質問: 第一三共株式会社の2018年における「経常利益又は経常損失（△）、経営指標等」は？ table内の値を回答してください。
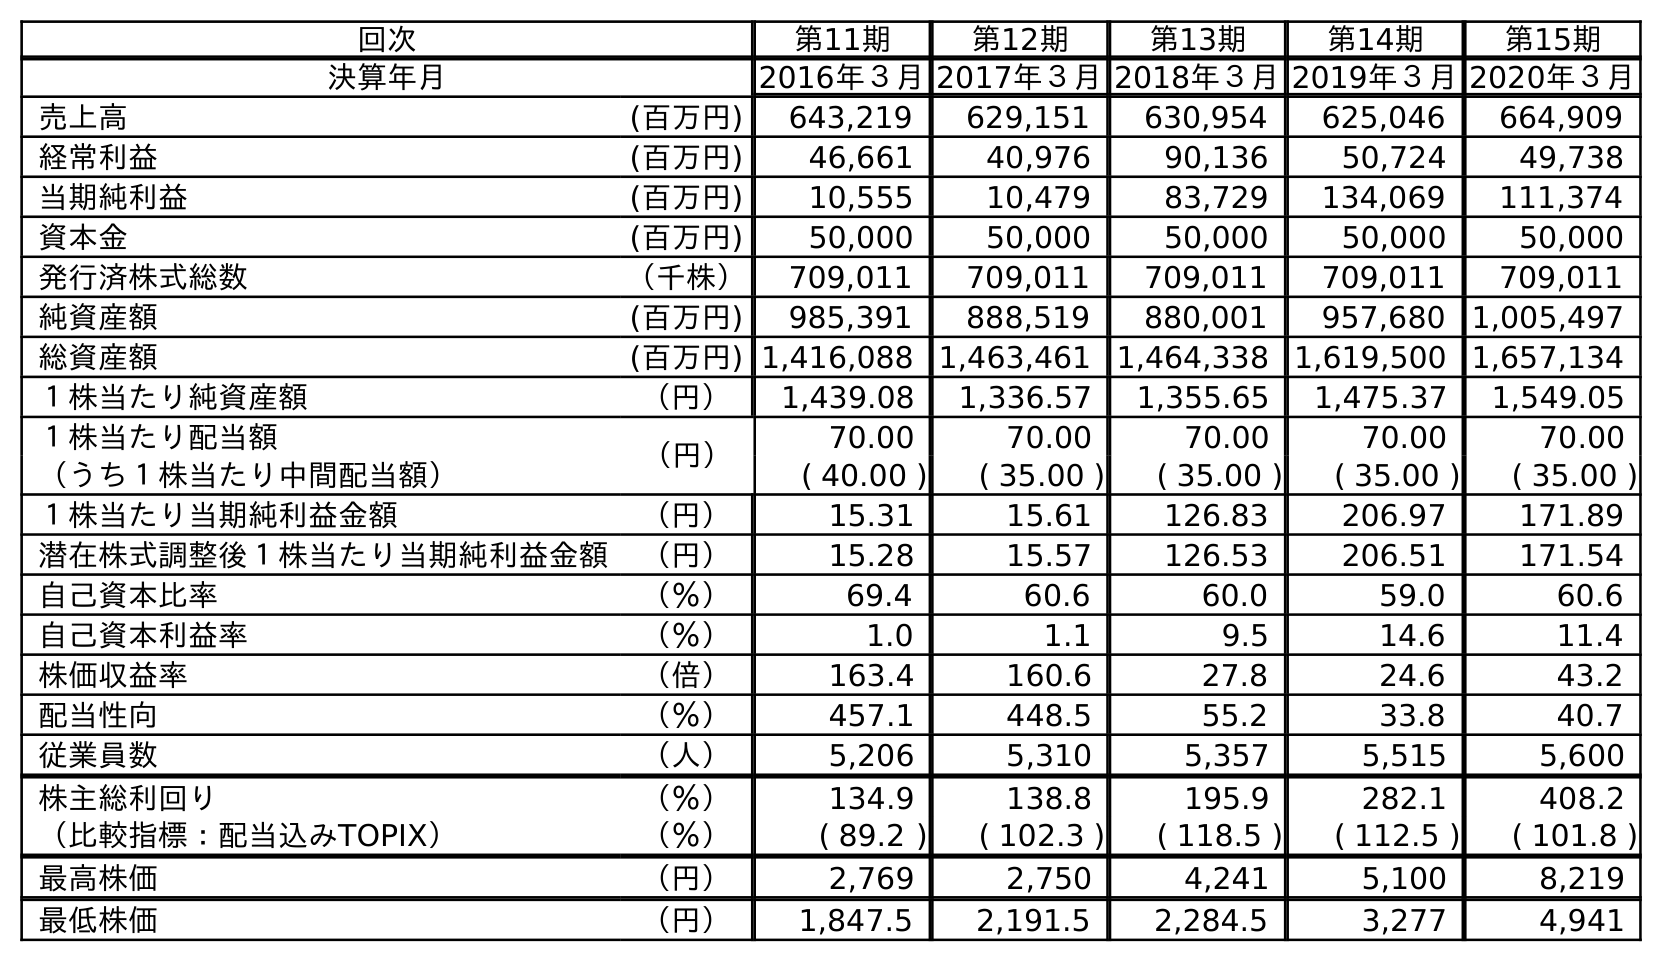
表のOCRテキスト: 回次 第11期 第12期 第13期 第14期 第15期 決算年月 2016年３月2017年３月2018年３月2019年３月2020年３月 売上高 (百万円) 643,219 629,151 630,954 625,046 664,909 経常利益 (百万円) 46,661 40,976 90,136 50,724 49,738 当期純利益 (百万円) 10,555 10,479 83,729 134,069 111,374 資本金 (百万円) 50,000 50,000 50,000 50,000 50,000 発行済株式総数 （千株） 709,011 709,011 709,011 709,011 709,011 純資産額 (百万円) 985,391 888,519 880,001 957,680 1,005,497 総資産額 (百万円) 1,416,088 1,463,461 1,464,338 1,619,500 1,657,134 １株当たり純資産額 （円） 1,439.08 1,336.57 1,355.65 1,475.37 1,549.05 １株当たり配当額 （円） 70.00 70.00 70.00 70.00 70.00 （うち１株当たり中間配当額） ( 40.00 ) ( 35.00 ) ( 35.00 ) ( 35.00 ) ( 35.00 ) １株当たり当期純利益金額 （円） 15.31 15.61 126.83 206.97 171.89 潜在株式調整後１株当たり当期純利益金額 （円） 15.28 15.57 126.53 206.51 171.54 自己資本比率 （％） 69.4 60.6 60.0 59.0 60.6 自己資本利益率 （％） 1.0 1.1 9.5 14.6 11.4 株価収益率 （倍） 163.4 160.6 27.8 24.6 43.2 配当性向 （％） 457.1 448.5 55.2 33.8 40.7 従業員数 （人） 5,206 5,310 5,357 5,515 5,600 株主総利回り （％） 134.9 138.8 195.9 282.1 408.2 （比較指標：配当込みTOPIX） （％） ( 89.2 ) ( 102.3 ) ( 118.5 ) ( 112.5 ) ( 101.8 ) 最高株価 （円） 2,769 2,750 4,241 5,100 8,219 最低株価 （円） 1,847.5 2,191.5 2,284.5 3,277 4,941
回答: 90,136